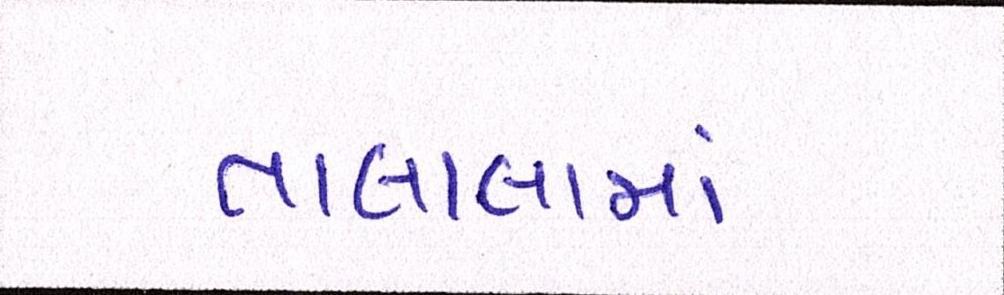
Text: તાલાલામાં